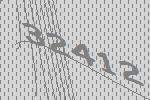
32412